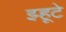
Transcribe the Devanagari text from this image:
झ्हूटे